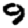
Digit: 9